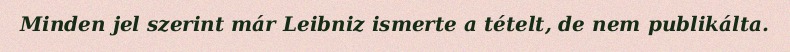
Minden jel szerint már Leibniz ismerte a tételt, de nem publikálta.